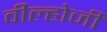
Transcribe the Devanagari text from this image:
वील्होजी